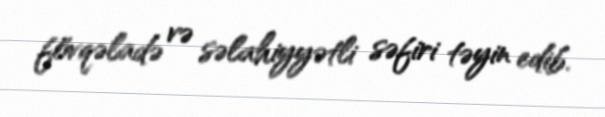
fövqəladə və səlahiyyətli səfiri təyin edib.